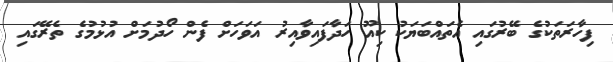
ފިހާރަތަކުގެ ބޭރުގައި އެތައްބަޔަކު ކިއޫ ހަދާފައިވާއިރު އަވަހަށް ފެން ހޯދުމަށް އުޅުމުގެ ތެރޭގައި